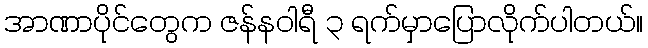
အာဏာပိုင်တွေက ဇန်နဝါရီ ၃ ရက်မှာပြောလိုက်ပါတယ်။